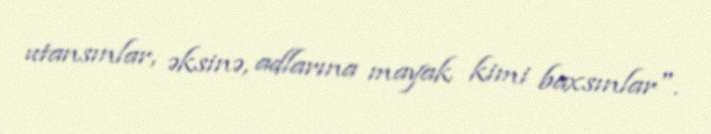
utansınlar, əksinə, adlarına mayak kimi baxsınlar".